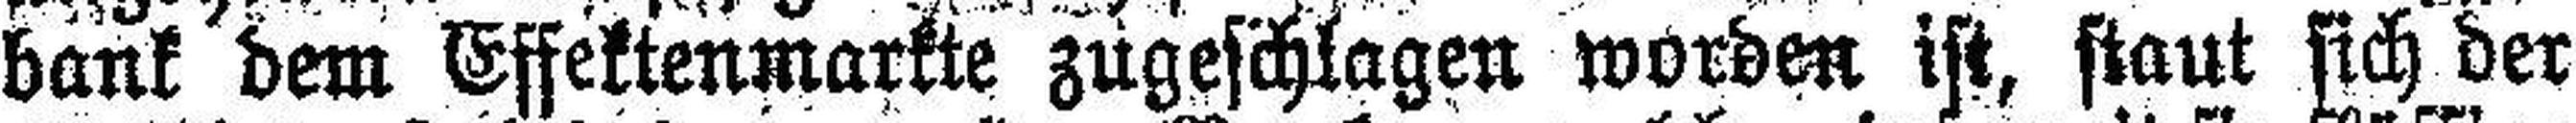
bank dem Effektenmärkte zugeschlagen worden ist, staut sich der